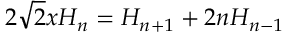
2 \sqrt { 2 } x H _ { n } = H _ { n + 1 } + 2 n H _ { n - 1 }